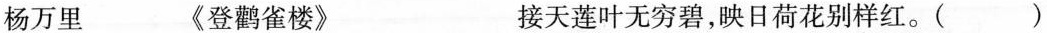
杨万里 《登鹳雀楼》 接天莲叶无穷碧，映日荷花别样红。（）